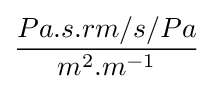
{\frac {Pa.s.rm/s/Pa}{m^{2}.m^{-1}}}